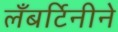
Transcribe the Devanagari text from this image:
लँबर्टिनीने